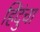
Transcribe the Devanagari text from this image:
हिंदुंचा